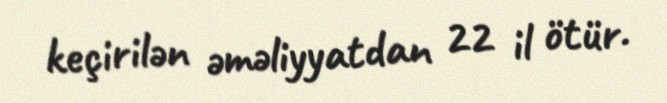
keçirilən əməliyyatdan 22 il ötür.